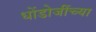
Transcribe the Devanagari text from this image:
धोंडोजींच्या